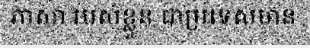
ភាសា របស់ខ្លួន ជាប្រទេសមាន